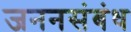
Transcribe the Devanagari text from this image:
जननसंबंध